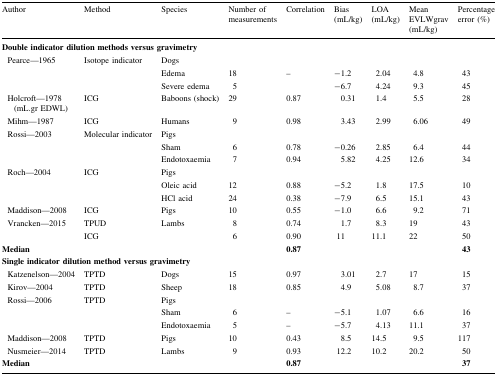
<table><thead><tr><td><b>Author</b></td><td><b>Method</b></td><td><b>Species</b></td><td><b>Number of measurements</b></td><td><b>Correlation</b></td><td><b>Bias (mL/kg)</b></td><td><b>LOA (mL/kg)</b></td><td><b>Mean EVLWgrav (mL/kg)</b></td><td><b>Percentage error (%)</b></td></tr></thead><tbody><tr><td colspan="9"><b>Double indicator dilution methods versus gravimetry</b></td></tr><tr><td rowspan="3"> Pearce—1965</td><td rowspan="3">Isotope indicator</td><td colspan="7">Dogs</td></tr><tr><td>Edema</td><td>18</td><td>–</td><td>−1.2</td><td>2.04</td><td>4.8</td><td>43</td></tr><tr><td>Severe edema</td><td>5</td><td></td><td>−6.7</td><td>4.24</td><td>9.3</td><td>45</td></tr><tr><td> Holcroft—1978 (mL.gr EDWL)</td><td>ICG</td><td>Baboons (shock)</td><td>29</td><td>0.87</td><td>0.31</td><td>1.4</td><td>5.5</td><td>28</td></tr><tr><td> Mihm—1987</td><td>ICG</td><td>Humans</td><td>9</td><td>0.98</td><td>3.43</td><td>2.99</td><td>6.06</td><td>49</td></tr><tr><td rowspan="3"> Rossi—2003</td><td rowspan="3">Molecular indicator</td><td colspan="7">Pigs</td></tr><tr><td>Sham</td><td>6</td><td>0.78</td><td>−0.26</td><td>2.85</td><td>6.4</td><td>44</td></tr><tr><td>Endotoxaemia</td><td>7</td><td>0.94</td><td>5.82</td><td>4.25</td><td>12.6</td><td>34</td></tr><tr><td rowspan="3"> Roch—2004</td><td rowspan="3">ICG</td><td colspan="7">Pigs</td></tr><tr><td>Oleic acid</td><td>12</td><td>0.88</td><td>−5.2</td><td>1.8</td><td>17.5</td><td>10</td></tr><tr><td>HCl acid</td><td>24</td><td>0.38</td><td>−7.9</td><td>6.5</td><td>15.1</td><td>43</td></tr><tr><td> Maddison—2008</td><td>ICG</td><td>Pigs</td><td>10</td><td>0.55</td><td>−1.0</td><td>6.6</td><td>9.2</td><td>71</td></tr><tr><td rowspan="2"> Vrancken—2015</td><td>TPUD</td><td rowspan="2">Lambs</td><td>8</td><td>0.74</td><td>1.7</td><td>8.3</td><td>19</td><td>43</td></tr><tr><td>ICG</td><td>6</td><td>0.90</td><td>11</td><td>11.1</td><td>22</td><td>50</td></tr><tr><td><b>Median</b></td><td></td><td></td><td></td><td><b>0.87</b></td><td></td><td></td><td></td><td><b>43</b></td></tr><tr><td colspan="9"><b>Single indicator dilution method versus gravimetry</b></td></tr><tr><td> Katzenelson—2004</td><td>TPTD</td><td>Dogs</td><td>15</td><td>0.97</td><td>3.01</td><td>2.7</td><td>17</td><td>15</td></tr><tr><td> Kirov—2004</td><td>TPTD</td><td>Sheep</td><td>18</td><td>0.85</td><td>4.9</td><td>5.08</td><td>8.7</td><td>37</td></tr><tr><td rowspan="3"> Rossi—2006</td><td rowspan="3">TPTD</td><td colspan="7">Pigs</td></tr><tr><td>Sham</td><td>6</td><td>–</td><td>−5.1</td><td>1.07</td><td>6.6</td><td>16</td></tr><tr><td>Endotoxaemia</td><td>5</td><td>–</td><td>−5.7</td><td>4.13</td><td>11.1</td><td>37</td></tr><tr><td> Maddison—2008</td><td>TPTD</td><td>Pigs</td><td>10</td><td>0.43</td><td>8.5</td><td>14.5</td><td>9.5</td><td>117</td></tr><tr><td> Nusmeier—2014</td><td>TPTD</td><td>Lambs</td><td>9</td><td>0.93</td><td>12.2</td><td>10.2</td><td>20.2</td><td>50</td></tr><tr><td><b>Median</b></td><td></td><td></td><td></td><td><b>0.87</b></td><td></td><td></td><td></td><td><b>37</b></td></tr></tbody></table>